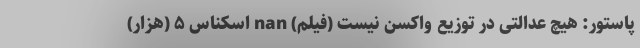
پاستور: هیچ عدالتی در توزیع واکسن نیست (فیلم) nan اسکناس ۵ (هزار)